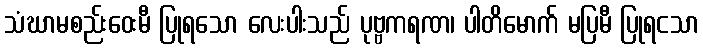
သံဃာမစည်းဝေးမီ ပြုရသော လေးပါးသည် ပုဗ္ဗကရဏ၊ ပါတိမောက် မပြမီ ပြုရငသာ